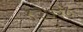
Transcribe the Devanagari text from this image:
१३७३८